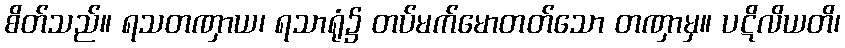
စိတ်သည်။ ရသတဏှာယ၊ ရသာရုံ၌ တပ်မက်မောတတ်သော တဏှာမှ။ ပဋိလိယတိ၊